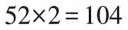
$$5 2 \times 2 = 1 0 4$$